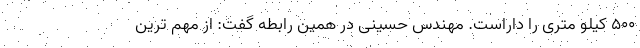
۵۰۰ کیلو متری را داراست. مهندس حسینی در همین رابطه گفت: از مهم ترین